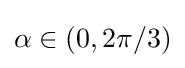
\alpha \in (0,2\pi /3)